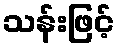
သန်းဖြင့်